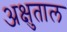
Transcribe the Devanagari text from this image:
अक्षुताल